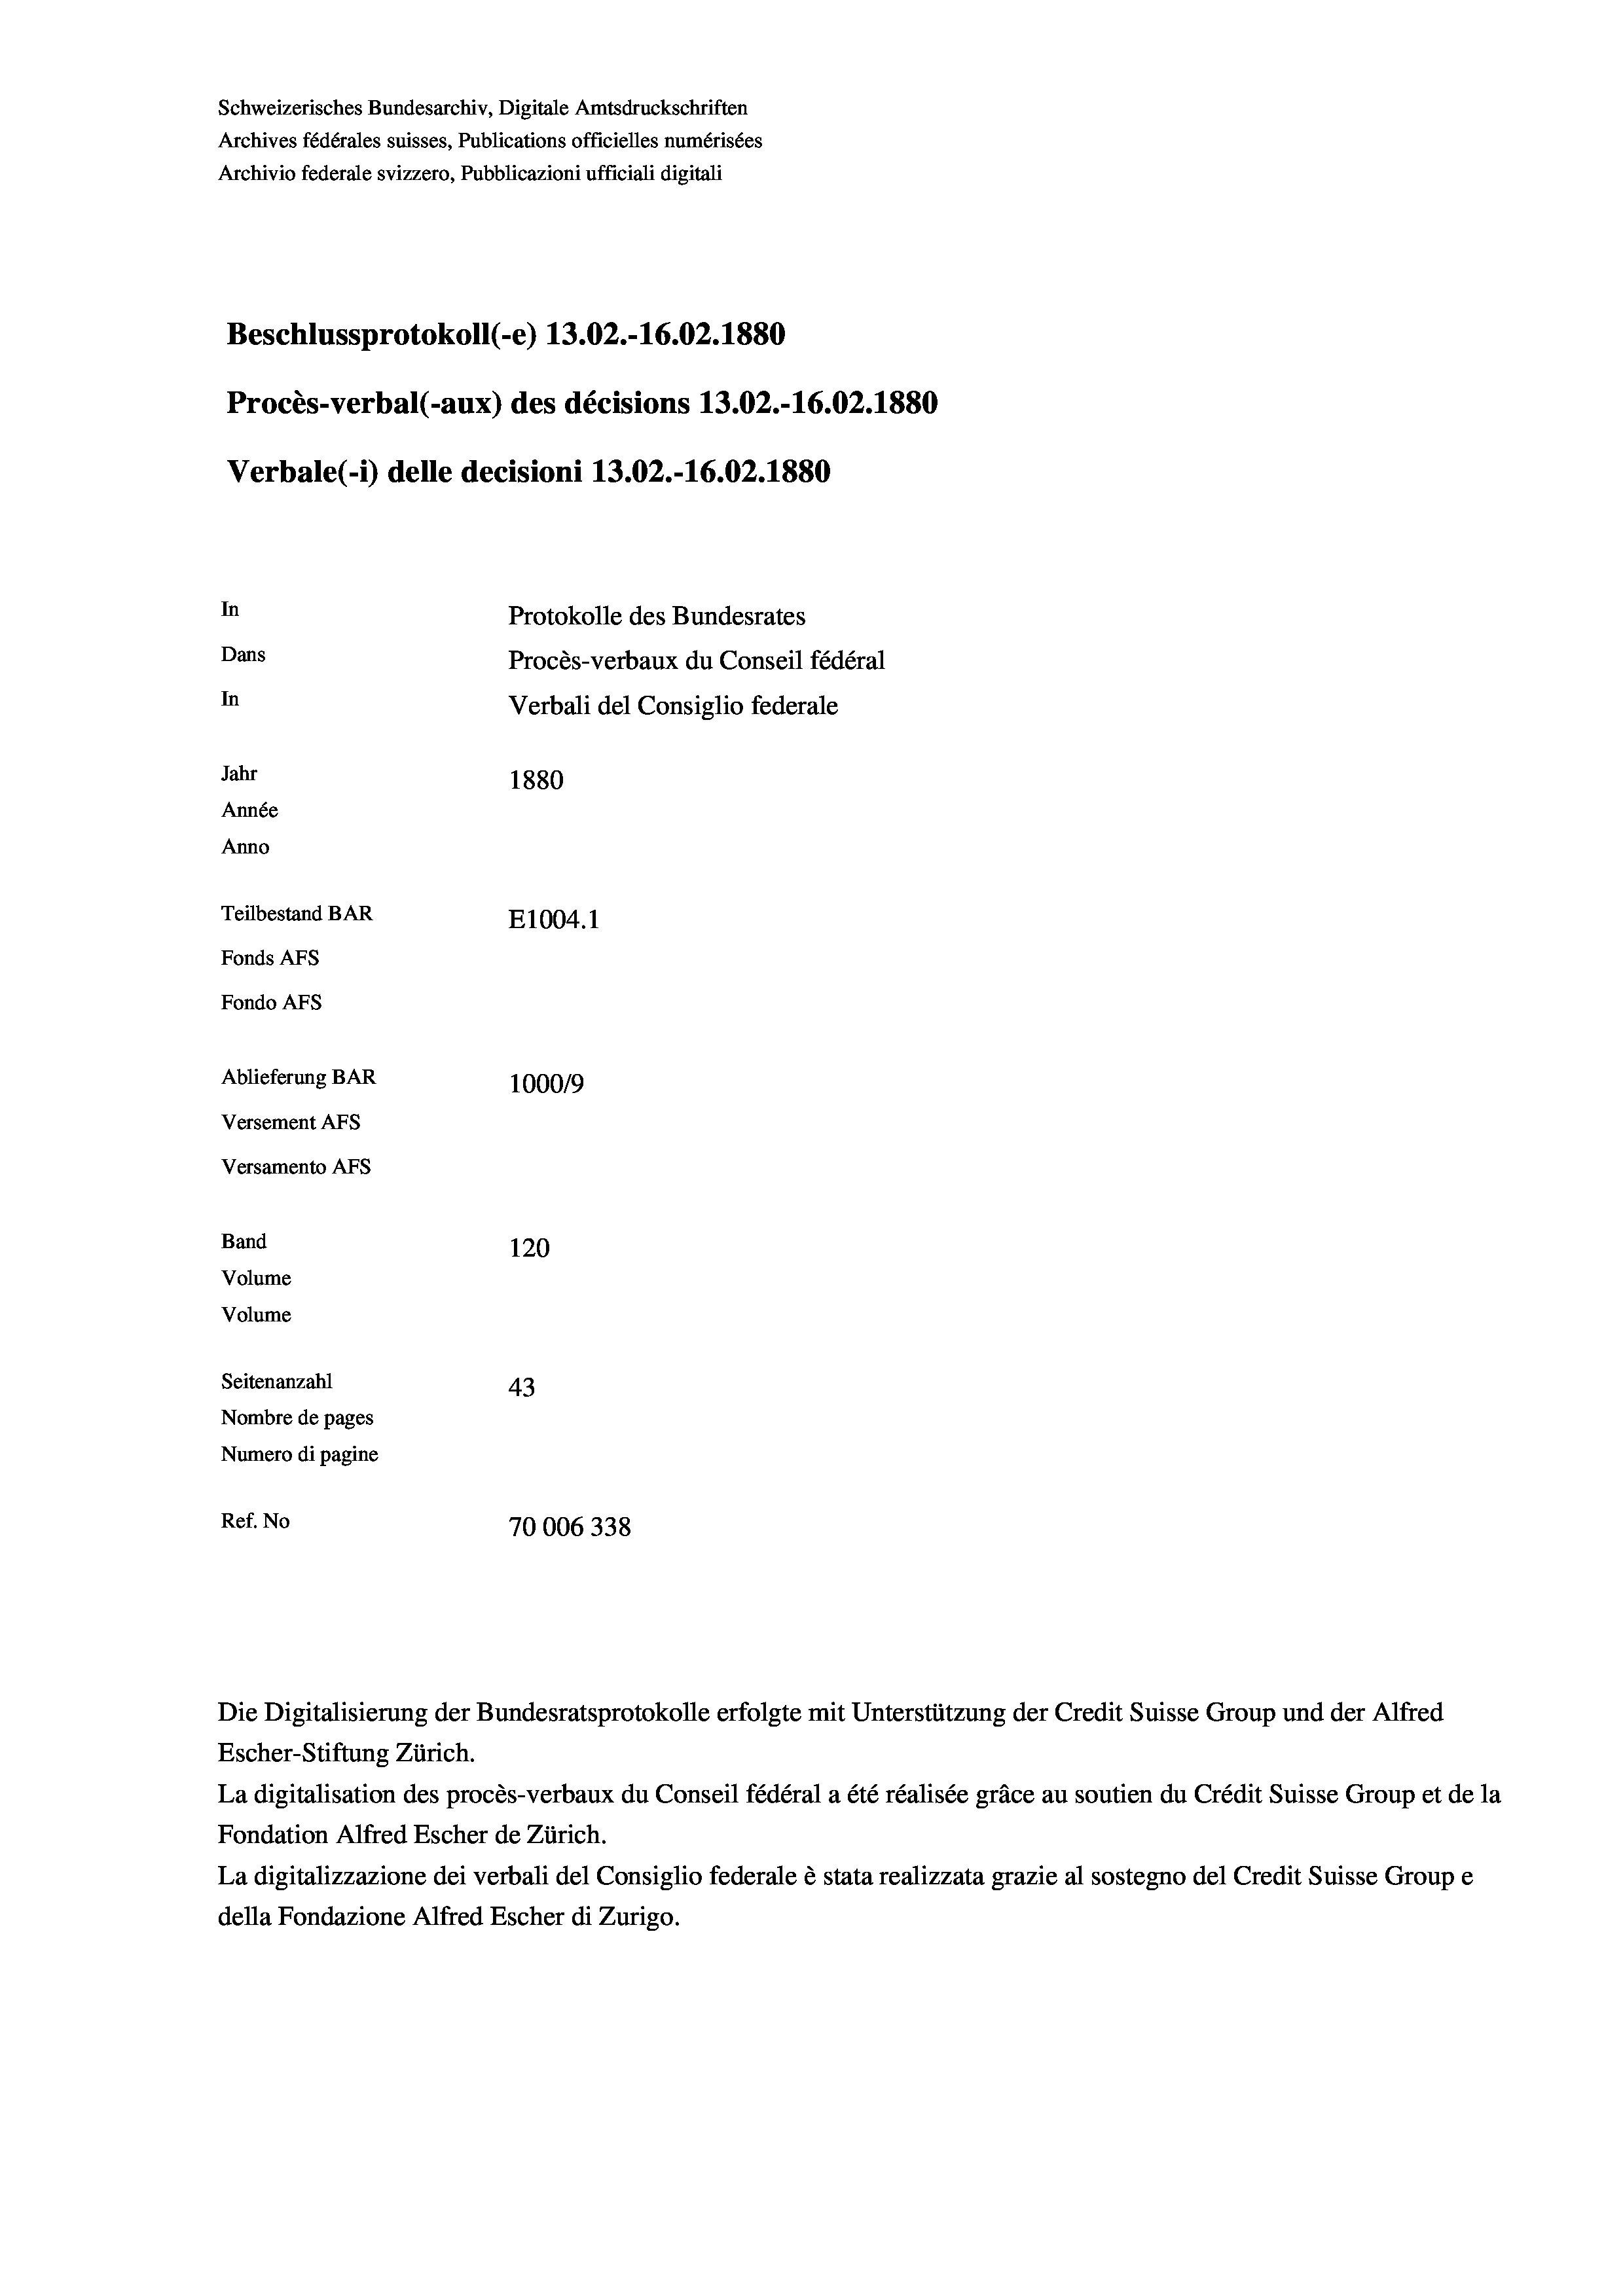
Schweizerisches Bundesarchiv, Digitale Amtsdruckschriften
Archives fédérales suisses, Publications officielles numérisées
Archivio federale svizzero, Pubblicazioni ufficiali digitali
Beschlussprotokoll (-e) 13.02.-16.02. 1880
Procès-verbal (-aux) des décisions 13.02.-16.02.1880
Verbale(-*) delle decisioni 13.02.-16.02.1880
In
Protokolle des Bundesrates
Dans
Procès-verbaux du Conseil fédéral
In
Verbali del Consiglio federale
Jahr
1880
Année
Anno
Teilbestand BAR
E1004.1
Fonds AFs
Fondo AFS
Ablieferung BAR
100019
Versement AFs
Versamento Afs
Band
120
Volume
Volume

Seitenanzahl
43
Nombre de pages
Numero di pagine
Ref. No
70006338

Die Digitalisierung der Bundesratsprotokolle erfolgte mit Unterstützung der Credit Suisse Group und der Alfred
Escher-Stiftung Zürich.
La digitalisation des procès-verbaux du Conseil fédéral a été réalisée gräce au soutien du Crédit Suisse Group et de la
Fondation Alfred Escher de Zürich.
La digitalizzazione dei verbali del Consiglio federale è stata realizzata grazie al sostegno del Credit Suisse Groupe
della Fondazione Alfred Escher di Zurigo.